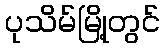
ပုသိမ်မြို့တွင်